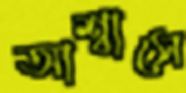
আশ্বাসে